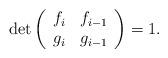
LaTeX: \begin{align*}{\rm det}\left(\begin{array}{cc}f_i & f_{i-1} \\ g_i & g_{i-1}\end{array}\right) = 1 .\end{align*}